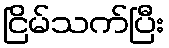
ငြိမ်သက်ပြီး